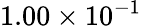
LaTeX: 1.00\times 10^{-1}